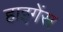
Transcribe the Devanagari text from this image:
हाइगेंस